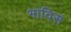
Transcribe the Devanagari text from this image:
भाविसं